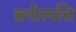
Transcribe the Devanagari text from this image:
व्रनोत्पत्ति